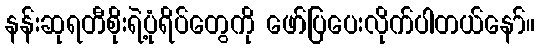
နန်းဆုရတီစိုးရဲ့ပုံရိပ်တွေကို ဖော်ပြပေးလိုက်ပါတယ်နော်။